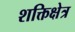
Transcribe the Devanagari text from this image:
शक्तिक्षेत्र